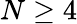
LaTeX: N\ge 4